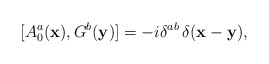
\begin{align*}[A_{0}^{a}({\bf x}),G^{b}({\bf y})] = -i\delta^{ab}\,\delta({\bf x}-{\bf y}),\end{align*}